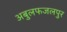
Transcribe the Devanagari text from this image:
अबुलफजलपुर